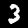
Digit: 3